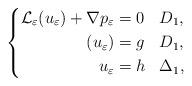
LaTeX: \begin{align*}\left\{\aligned \mathcal{L}_\varepsilon(u_\varepsilon) +\nabla p_\varepsilon &=0&& D_1,\\ (u_\varepsilon) &=g && D_1,\\ u_\varepsilon& =h && \Delta_1,\endaligned\right.\end{align*}